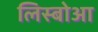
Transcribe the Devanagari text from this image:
लिस्बोआ